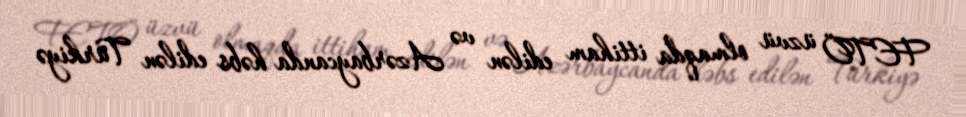
FETÖ üzvü olmaqda ittiham edilən və Azərbaycanda həbs edilən Türkiyə